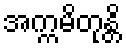
အက္ကမိတုန္တိ